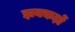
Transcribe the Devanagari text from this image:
झक्कड़ों